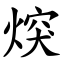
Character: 㷝